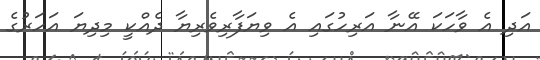
އަދި އެ ވާހަކަ އޭނާ އަރިހުގައި އެ ވިޔަފާރިވެރިޔާ ދެއްކީ މިދިޔަ އަހަރުގެ